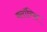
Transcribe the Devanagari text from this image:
क्लॉरिस